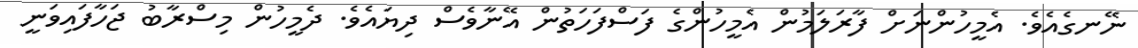
ނޭނގެއެވެ. އެމީހުންނަށް ފާރަލަމުން އެމީހުންގެ ފަސްފަހަތުން އޭނާވެސް ދިޔައެވެ. ދެމީހުން މިސްރާބު ޖަހާފައިވަނީ